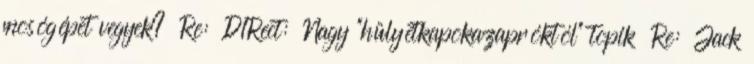
mosógépet vegyek? Re: D1Rect: Nagy "hülyétkapokazapróktól" topik Re: Jack